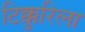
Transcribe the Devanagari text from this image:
टिक्कुरिला